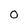
Character: 0